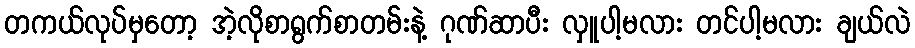
တကယ်လုပ်မှတော့ အဲ့လိုစာရွက်စာတမ်းနဲ့ ဂုဏ်ဆာပီး လှူပါ့မလား တင်ပါ့မလား ချယ်လဲ